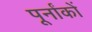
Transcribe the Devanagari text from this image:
पूर्नांकों